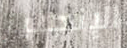
الإنجليز